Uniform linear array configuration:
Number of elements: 24
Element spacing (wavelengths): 0.5
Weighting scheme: hann
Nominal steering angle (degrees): -60
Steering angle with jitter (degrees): -58.598
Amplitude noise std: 0.05
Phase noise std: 0.05

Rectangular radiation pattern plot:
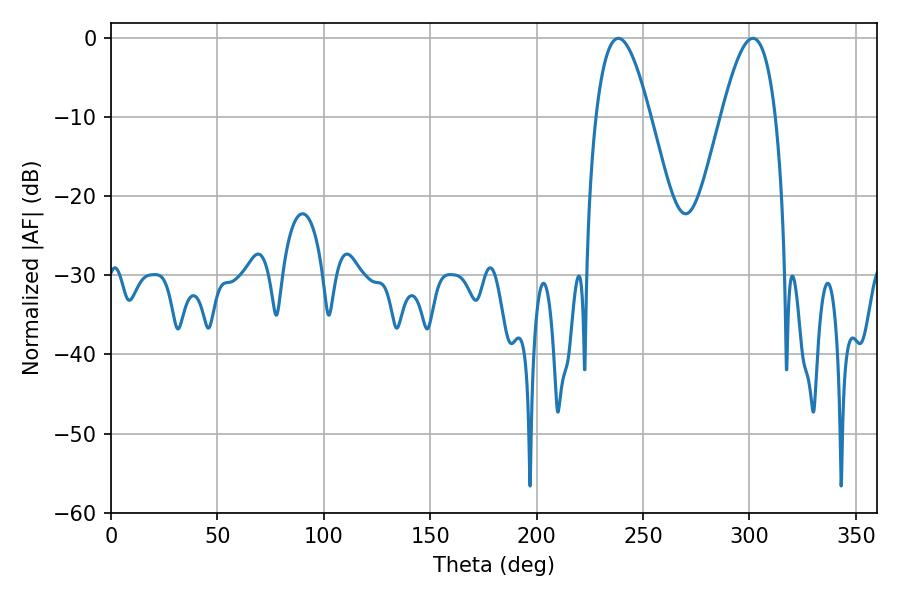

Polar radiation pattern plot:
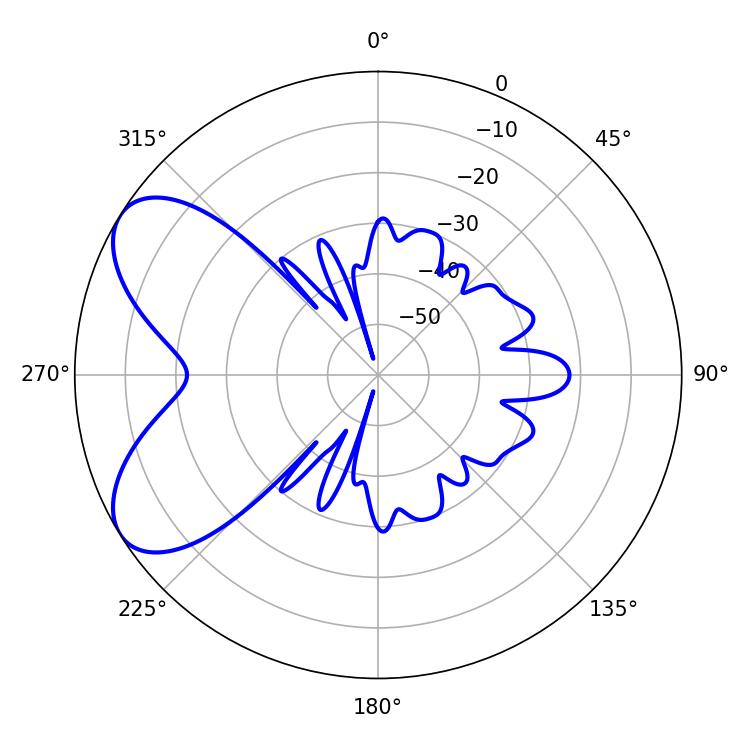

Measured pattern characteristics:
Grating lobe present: FALSE
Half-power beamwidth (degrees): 13.86
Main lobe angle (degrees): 238.32